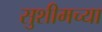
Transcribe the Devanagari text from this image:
सुशीमच्या